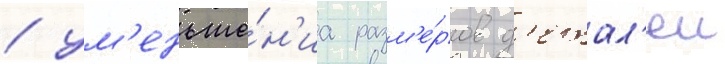
/ ум'еньше́н'иа разм'е́ров д'етал'еи